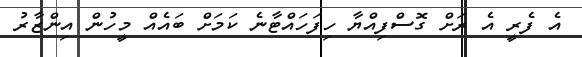
އެ ފެރީ އެ ރަށް ގޮސްފިއްޔާ ހިފަހައްޓާނެ ކަމަށް ބައެއް މީހުން އިންޒާރު